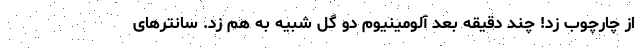
از چارچوب زد! چند دقیقه بعد آلومینیوم دو گل شبیه به هم زد. سانترهای